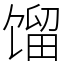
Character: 馏